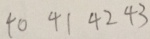
4 0 4 1 4 2 4 3